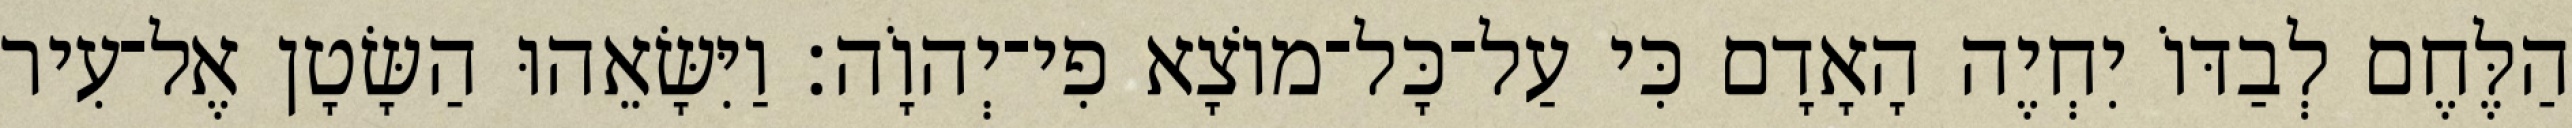
הַלֶּחֶם לְבַדּוֹ יִחְיֶה הָאָדָם כִּי עַל־כָּל־מוֹצָא פִי־יְהוָֹה׃ וַיִּשָּׂאֵהוּ הַשָּׂטָן אֶל־עִיר